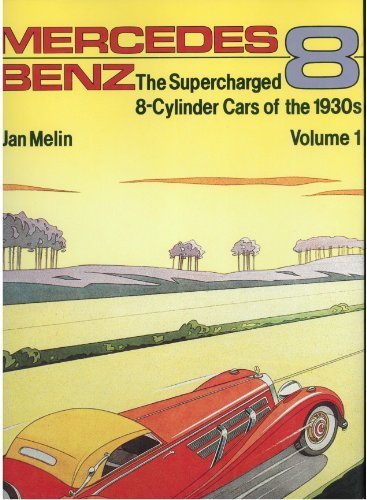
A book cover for Mercedes-Benz: The Supercharged 8-Cylinder Cars of the 1930's; Jan Melin; Engineering & Transportation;